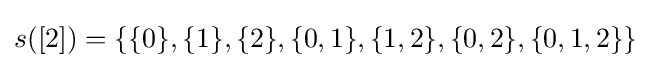
s([2])=\{\{0\},\{1\},\{2\},\{0,1\},\{1,2\},\{0,2\},\{0,1,2\}\}